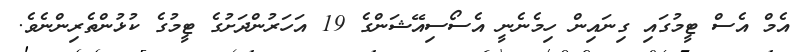
އެމް އެސް ޓީމުގައި ގިނައިން ހިމެނެނީ އެސޯސިއޭޝަންގެ 19 އަހަރުންދަށުގެ ޓީމުގެ ކުޅުންތެރިންނެވެ.